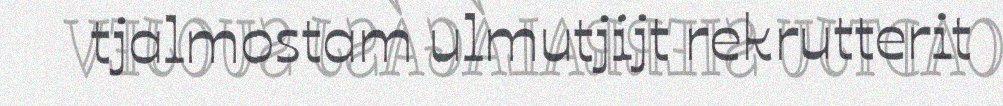
tjalmostam ulmutjijt rekrutterit